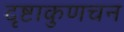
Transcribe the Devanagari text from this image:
दृष्टाकुणचन